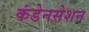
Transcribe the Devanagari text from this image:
कंडेनसेशन